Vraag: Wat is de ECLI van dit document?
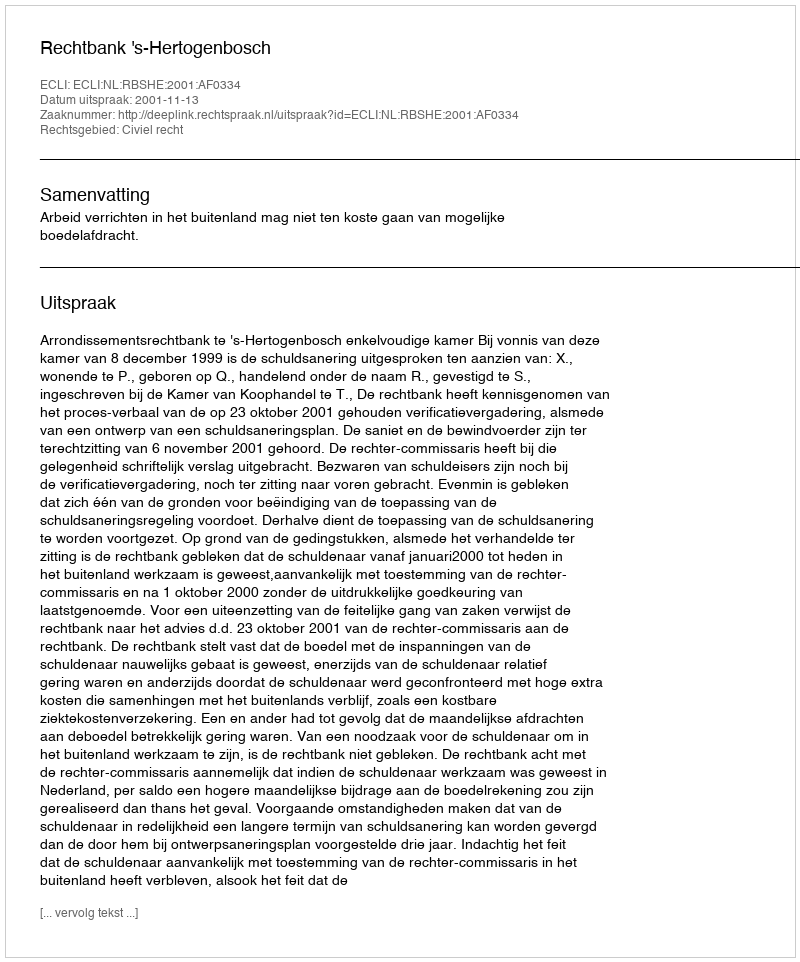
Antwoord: ECLI:NL:RBSHE:2001:AF0334